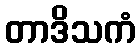
တာဒိသကံ